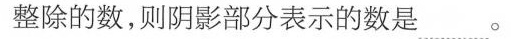
整除的数，则阴影部分表示的数是_。